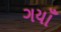
ગયાઁ